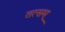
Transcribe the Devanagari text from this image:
तत्सम्